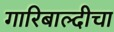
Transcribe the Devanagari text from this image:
गारिबाल्दीचा